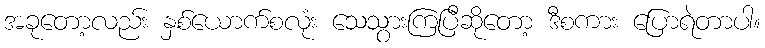
အခုတော့လည်း နှစ်ယောက်စလုံး သေသွားကြပြီဆိုတော့ ဒီစကား ပြောရဲတာပါ။